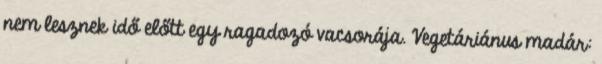
nem lesznek idő előtt egy ragadozó vacsorája. Vegetáriánus madár: